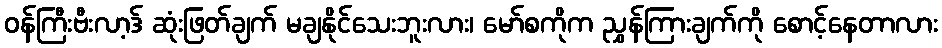
ဝန်ကြီးဗီးလာ့ဒ် ဆုံးဖြတ်ချက် မချနိုင်သေးဘူးလား၊ မော်စကိုက ညွှန်ကြားချက်ကို စောင့်နေတာလား